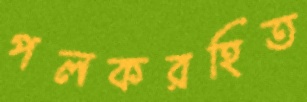
পলকরহিত